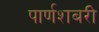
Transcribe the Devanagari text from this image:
पार्णशबरी